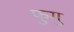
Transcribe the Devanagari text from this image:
फुगु